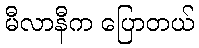
မီလာနီက ပြောတယ်